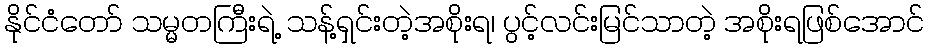
နိုင်ငံတော် သမ္မတကြီးရဲ့ သန့်ရှင်းတဲ့အစိုးရ၊ ပွင့်လင်းမြင်သာတဲ့ အစိုးရဖြစ်အောင်